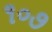
૧૦૭